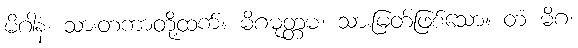
မိဂါနံ၊ သားတကာတို့ထက်။ မိဂမုတ္တမံ၊ သားမြတ်ဖြစ်သော။ တံ မိဂံ၊